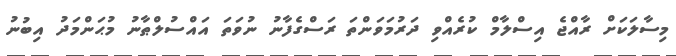
މިސާލަކަށް ރާއްޖެ އިސްލާމް ކުރެއްވި ދަރުމަވަންތަ ރަސްގެފާނު ނުވަތަ އައްސުލްޠާނު މުޙަންމަދު އިބުނު